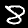
Label: 8